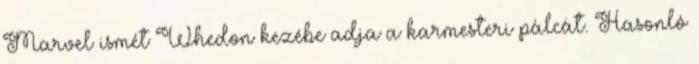
Marvel ismét Whedon kezébe adja a karmesteri pálcát. Hasonló